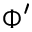
\Phi ^ { \prime }